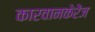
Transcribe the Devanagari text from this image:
कारवानकेरेंज